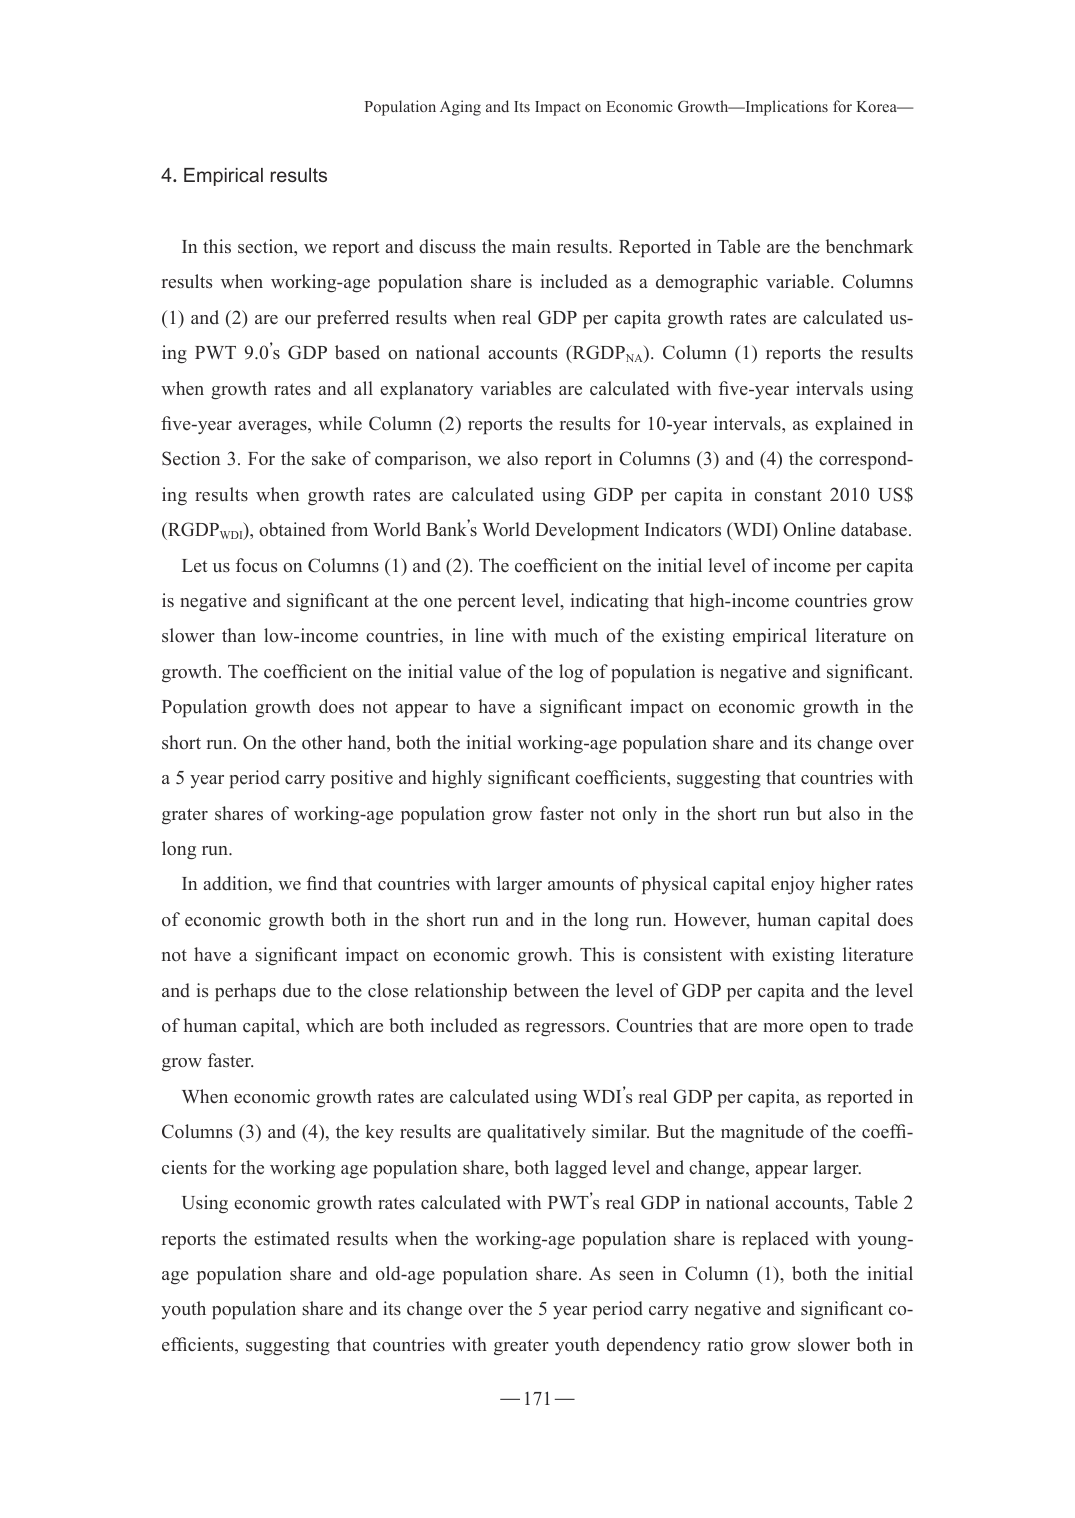
Population Aging and Its Impact on Economic Growth—Implications for Korea—

4. Empirical results

In this section, we report and discuss the main results. Reported in Table are the benchmark results when working-age population share is included as a demographic variable. Columns (1) and (2) are our preferred results when real GDP per capita growth rates are calculated using PWT 9.0’s GDP based on national accounts (RGDP_NA). Column (1) reports the results when growth rates and all explanatory variables are calculated with five-year intervals using five-year averages, while Column (2) reports the results for 10-year intervals, as explained in Section 3. For the sake of comparison, we also report in Columns (3) and (4) the corresponding results when growth rates are calculated using GDP per capita in constant 2010 US$ (RGDP_WDI), obtained from World Bank’s World Development Indicators (WDI) Online database.

Let us focus on Columns (1) and (2). The coefficient on the initial level of income per capita is negative and significant at the one percent level, indicating that high-income countries grow slower than low-income countries, in line with much of the existing empirical literature on growth. The coefficient on the initial value of the log of population is negative and significant. Population growth does not appear to have a significant impact on economic growth in the short run. On the other hand, both the initial working-age population share and its change over a 5 year period carry positive and highly significant coefficients, suggesting that countries with grater shares of working-age population grow faster not only in the short run but also in the long run.

In addition, we find that countries with larger amounts of physical capital enjoy higher rates of economic growth both in the short run and in the long run. However, human capital does not have a significant impact on economic growth. This is consistent with existing literature and is perhaps due to the close relationship between the level of GDP per capita and the level of human capital, which are both included as regressors. Countries that are more open to trade grow faster.

When economic growth rates are calculated using WDI’s real GDP per capita, as reported in Columns (3) and (4), the key results are qualitatively similar. But the magnitude of the coefficients for the working age population share, both lagged level and change, appear larger.

Using economic growth rates calculated with PWT’s real GDP in national accounts, Table 2 reports the estimated results when the working-age population share is replaced with young-age population share and old-age population share. As seen in Column (1), both the initial youth population share and its change over the 5 year period carry negative and significant coefficients, suggesting that countries with greater youth dependency ratio grow slower both in

— 171 —